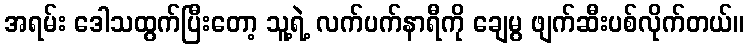
အရမ်း ဒေါသထွက်ပြီးတော့ သူ့ရဲ့ လက်ပက်နာရီကို ချေမွ ဖျက်ဆီးပစ်လိုက်တယ်။